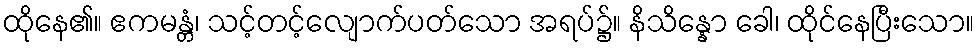
ထိုနေ၏။ ဧကမန္တံ၊ သင့်တင့်လျောက်ပတ်သော အရပ်၌။ နိသိန္နော ခေါ၊ ထိုင်နေပြီးသော။